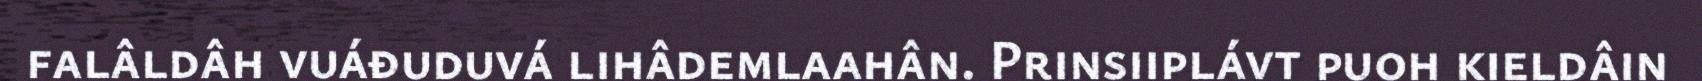
falâldâh vuáđuduvá lihâdemlaahân. Prinsiiplávt puoh kieldâin